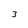
Character: 3